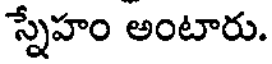
స్నేహం అంటారు.